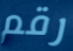
رقم